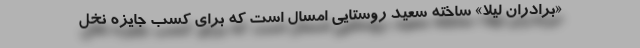
«برادران لیلا» ساخته سعید روستایی امسال است که برای کسب جایزه نخل